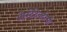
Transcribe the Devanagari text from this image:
प्रोस्टेटेक्टोमी